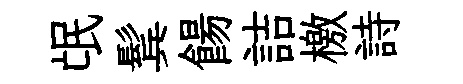
氓鬂餳詰檄詩